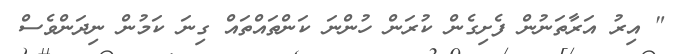
" އިރު އަރާތަނުން ފެށިގެން ކުރަން ހުންނަ ކަންތައްތައް ގިނަ ކަމުން ނިދަންވެސް